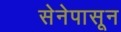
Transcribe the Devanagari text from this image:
सेनेपासून